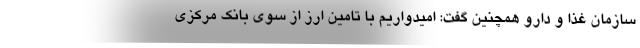
سازمان غذا و دارو همچنین گفت: امیدواریم با تامین ارز از سوی بانک مرکزی